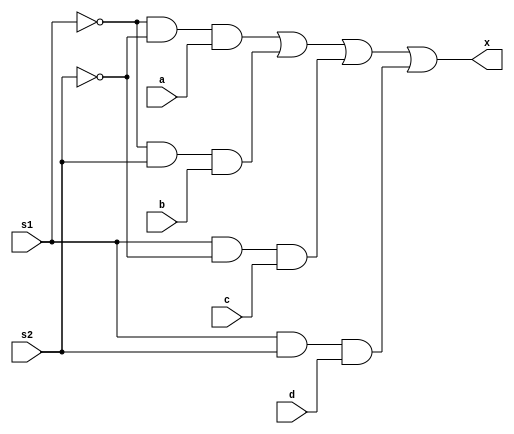
module mux41(s1,s2,a,b,c,d,x);
    input s1,s2,a,b,c,d;
    output x;
    assign x=~s1&~s2&a|~s1&s2&b|s1&~s2&c|s1&s2&d;
endmodule
module test;
    reg s11,s21,a1,b1,c1,d1;
    wire x1;
    mux41 mm(s11,s21,a1,b1,c1,d1,x1);
    initial begin
        //$dumpfile("dum1.vcd");
        //$dumpvars(0,test);
        $display("s1\ts2\ta\tb\tc\td\tx");
        $monitor("%b\t%b\t%b\t%b\t%b\t%b\t%b\t",s11,s21,a1,b1,c1,d1,x1);
        a1=1;b1=0;c1=0;d1=0; s11=0;s21=0;       
        #100 a1=0;b1=1;c1=0;d1=0;s11=0;s21=1;
        #100 a1=0;b1=0;c1=1;d1=0;s11=1;s21=0;
        #100 a1=0;b1=0;c1=0;d1=0;s11=1;s21=1;
    end
endmodule